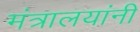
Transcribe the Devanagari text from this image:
मंत्रालयांनी